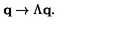
{ \bf q } \rightarrow \Lambda { \bf q } .